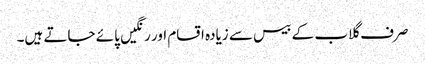
صرف گلاب کے بیس سے زیادہ اقسام اور رنگیں پائے جاتے ہیں۔